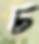
চ